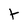
Character: t